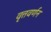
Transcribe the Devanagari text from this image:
वृत्तवर्णन